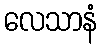
လေသာနံ